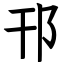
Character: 邗